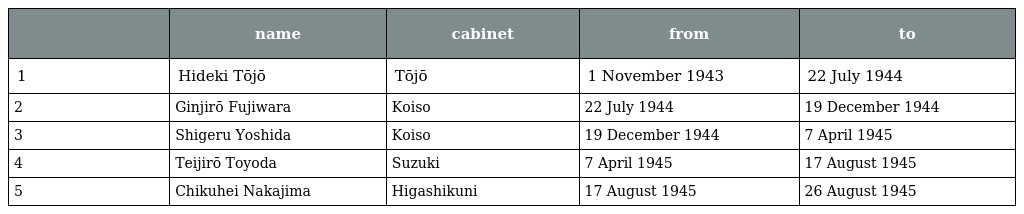
|  | name | cabinet | from | to |
 | --- | --- | --- | --- | --- |
 | 1 | Hideki Tōjō | Tōjō | 1 November 1943 | 22 July 1944 |
 | 2 | Ginjirō Fujiwara | Koiso | 22 July 1944 | 19 December 1944 |
 | 3 | Shigeru Yoshida | Koiso | 19 December 1944 | 7 April 1945 |
 | 4 | Teijirō Toyoda | Suzuki | 7 April 1945 | 17 August 1945 |
 | 5 | Chikuhei Nakajima | Higashikuni | 17 August 1945 | 26 August 1945 |